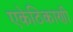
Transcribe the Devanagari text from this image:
एकेठिकाणी